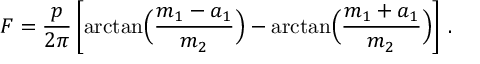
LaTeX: F = { \frac { p } { 2 \pi } } \left[ \arctan \Bigl ( { \frac { m _ { 1 } - a _ { 1 } } { m _ { 2 } } } \Bigr ) - \arctan \Bigl ( { \frac { m _ { 1 } + a _ { 1 } } { m _ { 2 } } } \Bigr ) \right] \, .